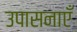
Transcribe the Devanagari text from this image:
उपासनाएँ